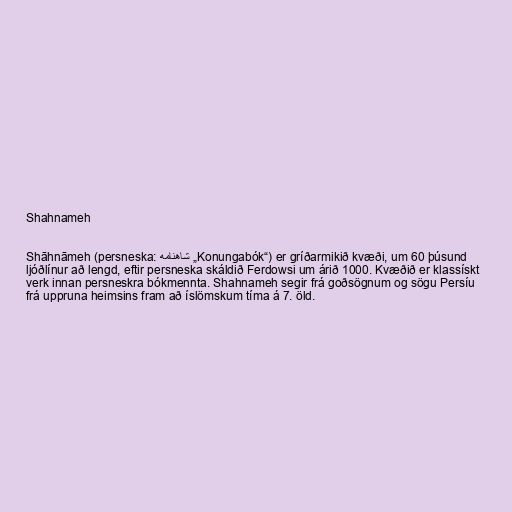
Shahnameh

Shāhnāmeh (persneska: شاهنامه „Konungabók“) er gríðarmikið kvæði, um 60 þúsund
ljóðlínur að lengd, eftir persneska skáldið Ferdowsi um árið 1000. Kvæðið er klassískt
verk innan persneskra bókmennta. Shahnameh segir frá goðsögnum og sögu Persíu
frá uppruna heimsins fram að íslömskum tíma á 7. öld.